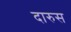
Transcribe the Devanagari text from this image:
दारुस